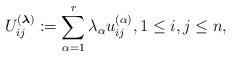
LaTeX: \begin{gather*}U_{ij}^{({\boldsymbol{\lambda}})}:= \sum_{\alpha=1}^{r} \lambda_{\alpha}u_{ij}^{(\alpha)}, 1 \le i,j \le n,\end{gather*}